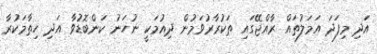
އަދި މިފަދަ އަމަލުތައް ރާއްޖޭގައި ތަކުރާރުވަމުން ދިއުމަކީ ނުހަނު ކަންބޮޑުވާ އަދި ހިތާމަކުރާ